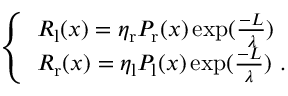
\left\{ \begin{array} { l l } { R _ { \mathrm { l } } ( x ) = \eta _ { \mathrm { r } } P _ { \mathrm { r } } ( x ) \exp ( \frac { - L } { \lambda } ) } \\ { R _ { \mathrm { r } } ( x ) = \eta _ { \mathrm { l } } P _ { \mathrm { l } } ( x ) \exp ( \frac { - L } { \lambda } ) \ . } \end{array} \right.